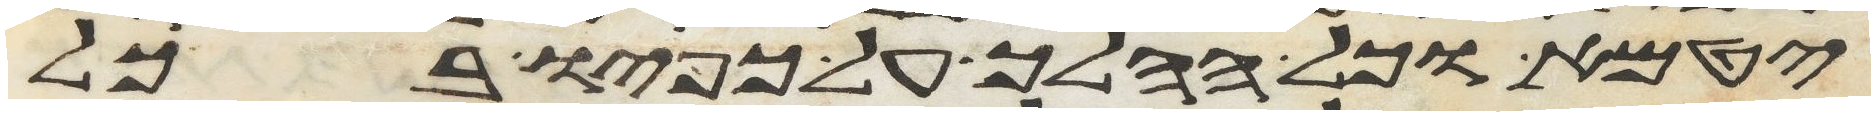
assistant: יטמא וכל ההלך על כפיו בכל